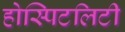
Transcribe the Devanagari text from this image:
होस्पिटलिटी